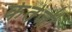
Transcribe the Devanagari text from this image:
केतेजी